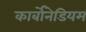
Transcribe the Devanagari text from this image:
कार्बोनेडियम